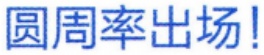
圆周率出场！